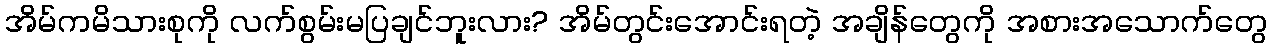
အိမ်ကမိသားစုကို လက်စွမ်းမပြချင်ဘူးလား? အိမ်တွင်းအောင်းရတဲ့ အချိန်တွေကို အစားအသောက်တွေ